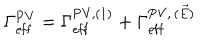
\Gamma _ { \mathrm { e f f } } ^ { \mathrm { P V } } = \Gamma _ { \mathrm { e f f } } ^ { \mathrm { P V } , ( 1 ) } + \Gamma _ { \mathrm { e f f } } ^ { \mathrm { P V } , \, ( \vec { E } ) }